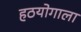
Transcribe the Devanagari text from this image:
हठयोगाला